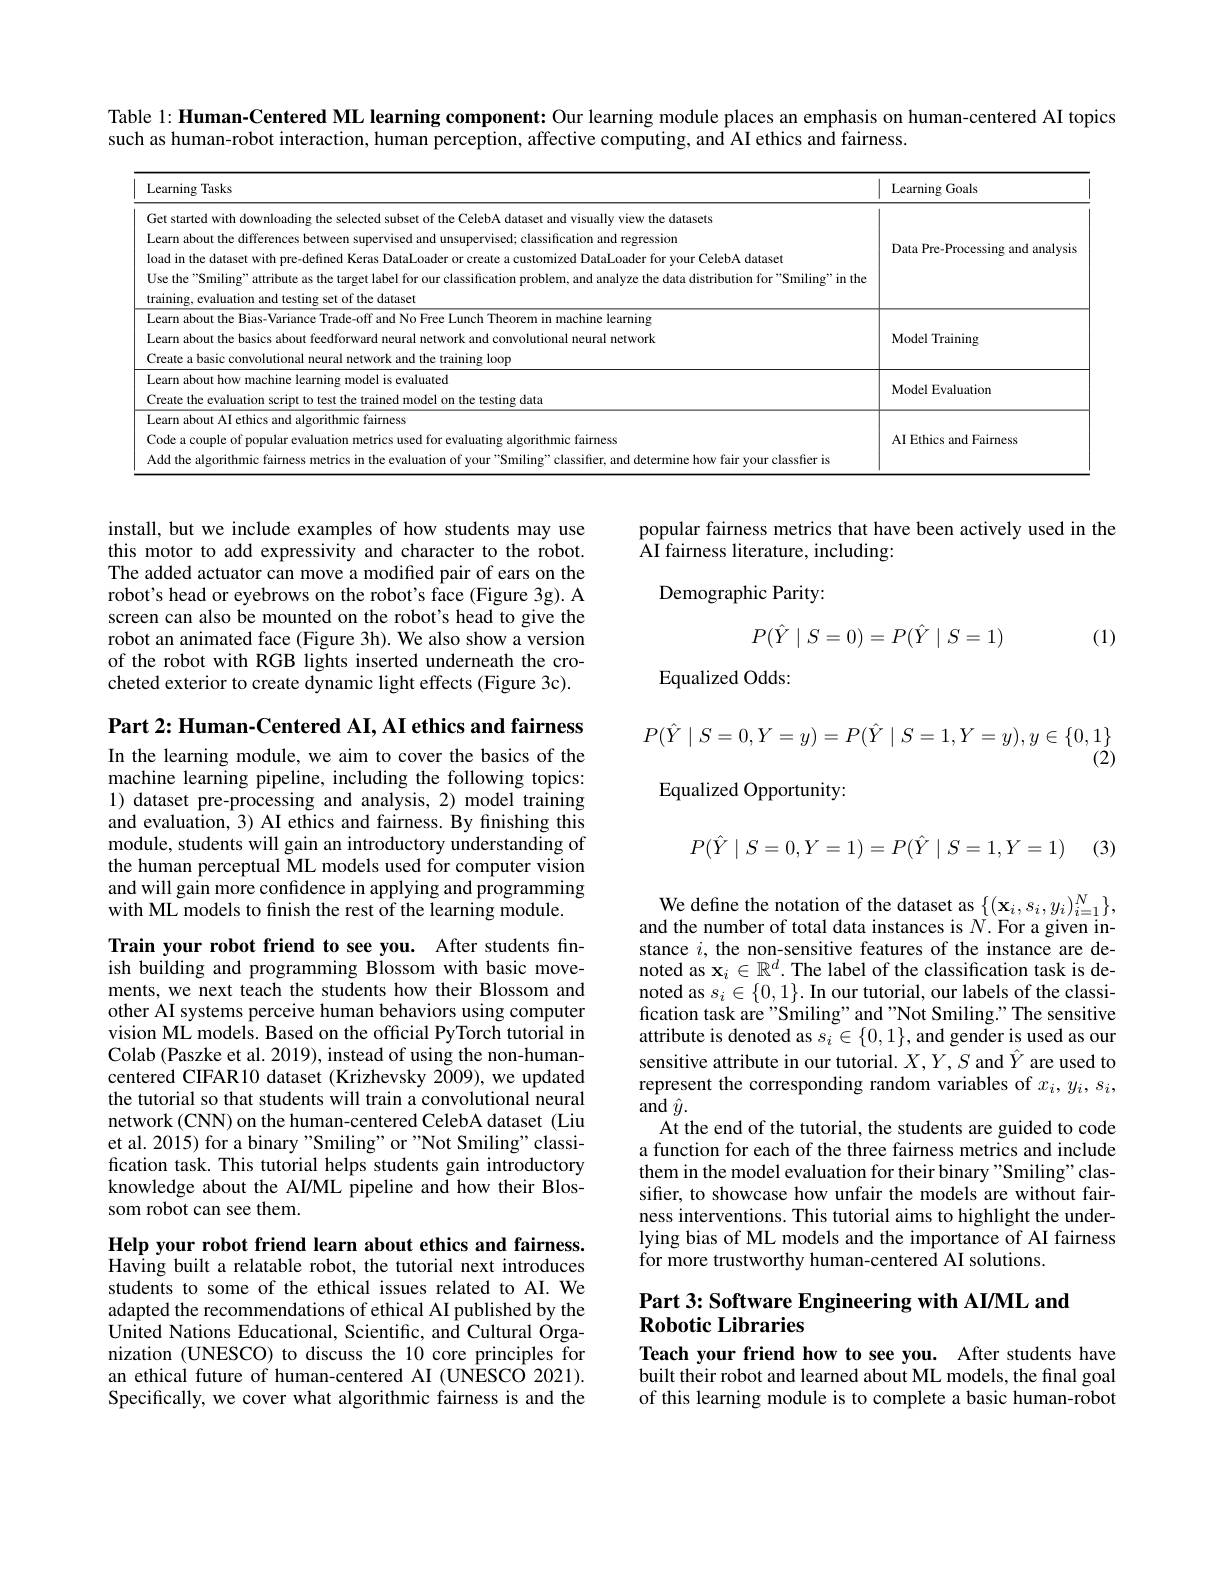
Table 1: Human-Centered ML learning component: Our learning module places an emphasis on human-centered AI topics

such as human-robot interaction, human perception, affective computing, and AI ethics and fairness

<table>
	<tbody>
		<tr>
			<th>Learning Tasks</th>
			<th>Learning Goals</th>
		</tr>
		<tr>
			<td>Get started with downloading the selected subset of the CelebA dataset and visually view the datasets Learn about the differences between supervised and unsupervised; classification and regression load in the dataset with pre-defined Keras DataLoader or create a customized DataLoader for your CelebA dataset Use the "Smiling" attribute as the target label for our classification problem, and analyze the data distribution for"Smiling" in the training, evaluation and testing set of the dataset</td>
			<td>Data Pre-Processing and analysis</td>
		</tr>
		<tr>
			<td>Get started with downloading the selected subset of the CelebA dataset and visually view the datasets Learn about the differences between supervised and unsupervised; classification and regression load in the dataset with pre-defined Keras DataLoader or create a customized DataLoader for your CelebA dataset Use the "Smiling" attribute as the target label for our classification problem, and analyze the data distribution for"Smiling" in the training, evaluation and testing set of the dataset</td>
			<td>Data Pre-Processing and analysis</td>
		</tr>
		<tr>
			<td>Get started with downloading the selected subset of the CelebA dataset and visually view the datasets Learn about the differences between supervised and unsupervised; classification and regression load in the dataset with pre-defined Keras DataLoader or create a customized DataLoader for your CelebA dataset training, evaluation and testing set of the dataset Use the "Smiling" attribute as the target label for our classification problem, and analyze the data distribution for"Smiling" in the</td>
			<td>Data Pre-Processing and analysis</td>
		</tr>
		<tr>
			<td>Use the "Smiling" attribute as the target label for our classification problem, and analyze the data distribution for"Smiling" in the training, evaluation and testing set of the dataset</td>
			<td> </td>
		</tr>
		<tr>
			<td>Learn about t s-Variance Trade-off and No Free Lunch Theorem in machine learning Learn about the basics about feedforward neural network and convolutional neural network $17h.$ training loor</td>
			<td>Model Training</td>
		</tr>
		<tr>
			<td>Learn about how machine learning model is evaluated Create the evaluation script to test the trained model on the testing data</td>
			<td>Model Evaluation</td>
		</tr>
		<tr>
			<td>Learn about AI ethics and algorithmic fairness Code a couple of popular evaluation metrics used for evaluating algorithmic fairness and determine how fair vour classfier is Addth</td>
			<td>AI Ethics and Fairness</td>
		</tr>
	</tbody>
</table>

popular fairness metrics that have been actively used in the
AI fairness literature, including:

Demographic Parity:

install, but we include examples of how students may use this motor to add expressivity and character to the robot. The added actuator can move a modified pair of ears on the robot's head or eyebrows on the robot's face (Figure 3g). A screen can also be mounted on the robot's head to give the robot an animated face (Figure 3h). We also show a version of the robot with RGB lights inserted underneath the crocheted exterior to create dynamic light effects (Figure 3c).
$$P(\hat Y\mid S=0)=P(\hat Y\mid S=1)$$
(1)

Equalized Odds:

Part 2: Human-Centered AI, AI ethics and fairness
$$P(\hat Y\mid S=0,Y=y)=P(\hat Y\mid S=1,Y=y),y\in\{0,1\}$$
Equalized Opportunity:

In the learning module, we aim to cover the basics of the machine learning pipeline, including the following topics: 1) dataset pre-processing and analysis, 2) model training and evaluation, 3) AI ethics and fairness. By finishing this module, students will gain an introductory understanding of the human perceptual ML models used for computer vision and will gain more confidence in applying and programming with ML models to finish the rest of the learning module.
$$P(\hat Y\mid S=0,Y=1)=P(\hat Y\mid S=1,Y=1)$$
(3)

We define the notation of the dataset as $\{(\mathbf{x}_{i},s_{i},y_{i})_{i=1}^{N}\}$, and the number of total data instances is $N.$ For a given instance $i$, the non-sensitive features of the instance are denoted as $\mathbf{x}_i\in\mathbb{R}^d.$ The label of the classification task is denoted as $s_i\in\{0,1\}.$ In our tutorial, our labels of the classification task are "Smiling" and "Not Smiling." The sensitive attribute is denoted as $s_i\in\{0,1\}$, and gender is used as our sensitive attribute in our tutorial. $X,Y,S$ and $\hat{Y}$ are used to represent the corresponding random variables of $x_i,y_i,s_i$, $\operatorname{and}\hat{y}.$
At the end of the tutorial, the students are guided to code a function for each of the three fairness metrics and include them in the model evaluation for their binary "Smiling" classifer, to showcase how unfair the models are without fairness interventions. This tutorial aims to highlight the underlying bias of ML models and the importance of AI fairness for more trustworthy human-centered AI solutions.

Train your robot friend to see you. After students finish building and programming Blossom with basic movements, we next teach the students how their Blossom and other AI systems perceive human behaviors using computer vision ML models. Based on the official PyTorch tutorial in Colab (Paszke et al. 2019), instead of using the non-humancentered CIFAR10 dataset (Krizhevsky 2009), we updated the tutorial so that students will train a convolutional neural network (CNN) on the human-centered CelebA dataset (Liu et al. 2015) for a binary "Smiling" or "Not Smiling" classification task. This tutorial helps students gain introductory knowledge about the AI/ML pipeline and how their Blossom robot can see them.

## Part 3: Software Engineering with AI/ML and Robotic Libraries

Help your robot friend learn about ethics and fairness. Having built a relatable robot, the tutorial next introduces students to some of the ethical issues related to AI. We adapted the recommendations of ethical AI published by the United Nations Educational, Scientific, and Cultural Organization (UNESCO) to discuss the 10 core principles for an ethical future of human-centered AI (UNESCO 2021). Specifically, we cover what algorithmic fairness is and the

Teach your friend how to see you. After students have built their robot and learned about ML models, the final goal of this learning module is to complete a basic human-robot